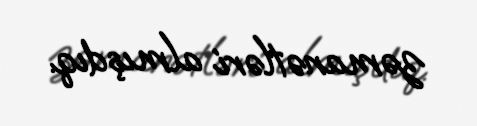
zəmanətləri almışdıq.